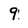
Character: 9